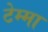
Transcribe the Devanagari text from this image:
टेम्मा